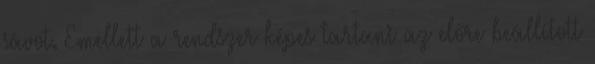
sávot. Emellett a rendszer képes tartani az előre beállított